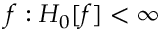
f : H _ { 0 } [ f ] < \infty